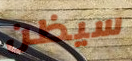
سيظن